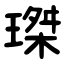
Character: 㻧